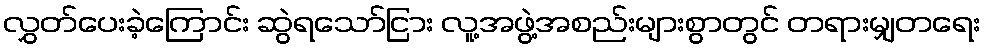
လွှတ်ပေးခဲ့ကြောင်း ဆွဲရသော်ငြား လူ့အဖွဲ့အစည်းများစွာတွင် တရားမျှတရေး